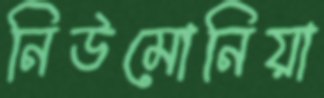
নিউমোনিয়া